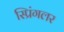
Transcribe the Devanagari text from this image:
स्प्रिंगलर